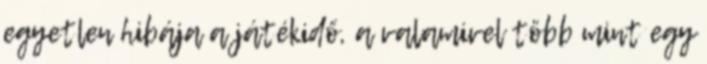
egyetlen hibája a játékidő, a valamivel több mint egy